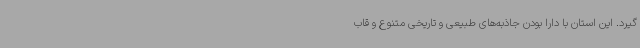
گیرد. این استان با دارا بودن جاذبه‌های طبیعی و تاریخی متنوع و قاب